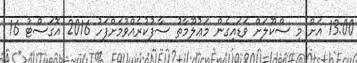
13:00 އަށް މި ސްކޫލަށް ވަޑައިގެން މަޢުލޫމާތު ސާފުކުރެއްވުމަށްފަހު 2016 އޮގަސްޓު 16